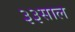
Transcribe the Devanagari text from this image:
३३साल